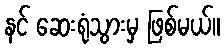
နင် ဆေးရုံသွားမှ ဖြစ်မယ်။